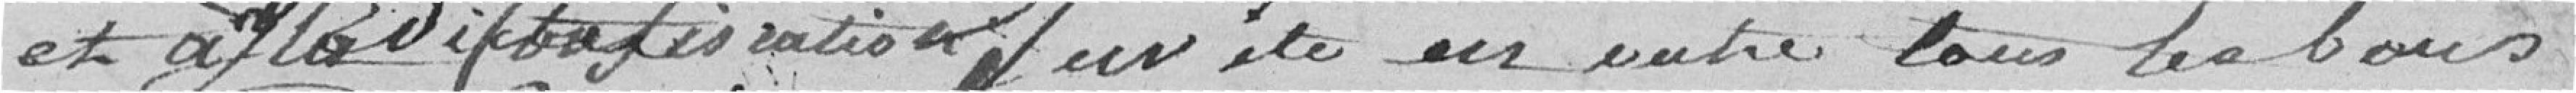
et à la dite satisfaction. ?? un autre tous les bons